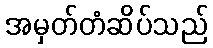
အမှတ်တံဆိပ်သည်